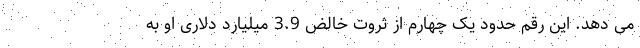
می‌ دهد. این رقم حدود یک چهارم از ثروت خالض 3.9 میلیارد دلاری او به